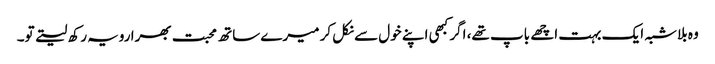
وہ بلاشبہ ایک بہت اچھے باپ تھے، اگر کبھی اپنے خول سے نکل کر میرے ساتھ محبت بھرا رویہ رکھ لیتے تو۔